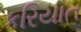
કરિયાત